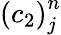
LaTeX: {\left(c_{2}\right)}_{j}^{n}